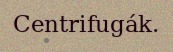
Centrifugák.